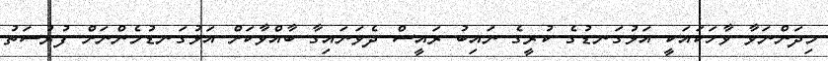
މިދަންނަވާ ވާހަކައަކީ އަޅުގަނޑުގެ ކުރީގެ ނައިބު ރައީސް ދެވަނައިގާ ބާއްވާކަށް އަޅުގަނޑުމެންނަށް ފުރުސަތު